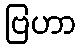
ဗြဟာ